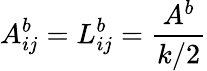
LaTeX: A_{ij}^{b}=L_{ij}^{b}=\frac{A^{b}}{k/2}